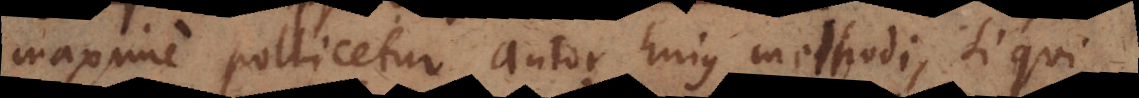
maxime pollicetur autor hujus methodi, si qui